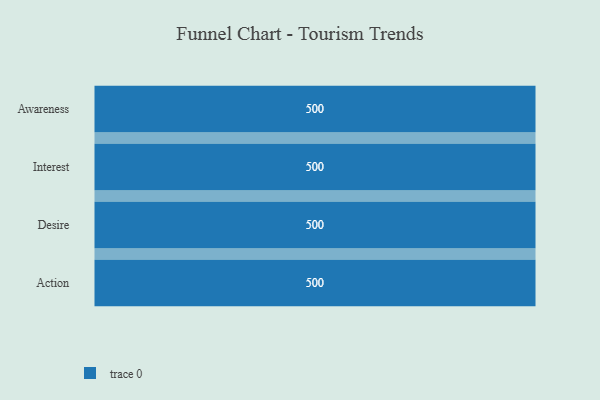
{"axis": {"x": "Stage", "y": "Value"}, "legend": [""], "data": [{"x": "Awareness", "y": 500, "type": ""}, {"x": "Interest", "y": 500, "type": ""}, {"x": "Desire", "y": 500, "type": ""}, {"x": "Action", "y": 500, "type": ""}]}